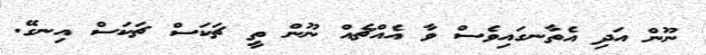
ނޫން އަދި އެތާނގައިވެސް ވާ އެއްޗެއް ނޫން ތީ ޗަކަސް ޗަކަސް އިނގޭ.